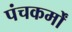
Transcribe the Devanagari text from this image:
पंचकर्मों